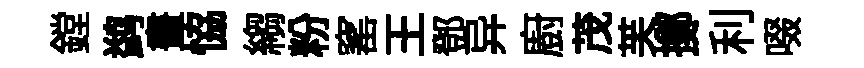
鏜鹢畫恊縐粉窰王鄧异廚茂芙擲利啜